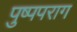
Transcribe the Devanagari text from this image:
पुष्पपराग